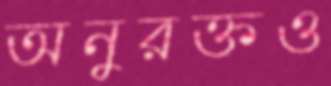
অনুরক্তও